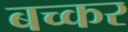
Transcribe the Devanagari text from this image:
बच्कर